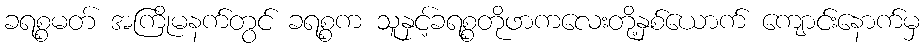
ခရစ္စမတ် အကြိုမနက်တွင် ခရစ္စက သူနှင့်ခရစ္စတိုဖာကလေးတို့နှစ်ယောက် ကျောင်းနောက်မှ